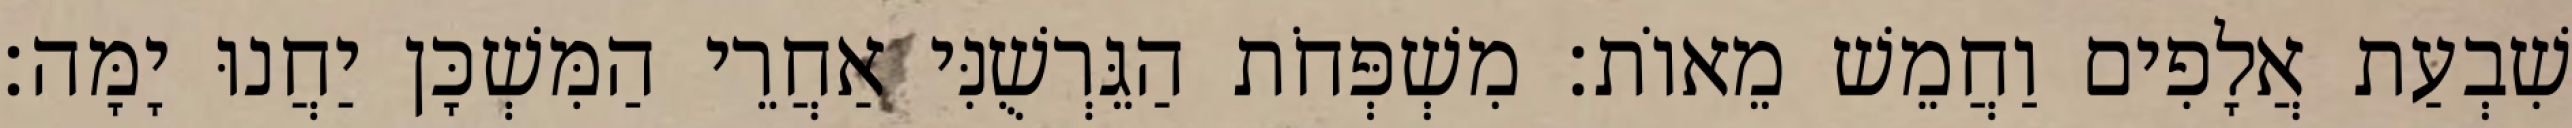
שִׁבְעַת אֲלָפִים וַחֲמֵשׁ מֵאוֹת׃ מִשְׁפְּחֹת הַגֵּרְשֻׁנִּי אַחֲרֵי הַמִּשְׁכָּן יַחֲנוּ יָמָּה׃